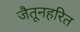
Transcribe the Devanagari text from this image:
जैतूनहरित